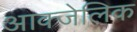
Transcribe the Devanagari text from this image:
आक्जेलिक